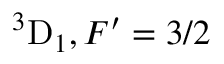
{ } ^ { 3 } \mathrm { D } _ { 1 } , F ^ { \prime } = 3 / 2